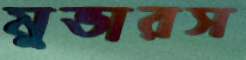
মুভারস